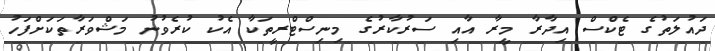
ދައުލަތުގެ ޓެކްސް އިދާރާ މީރާ އާއި ސަރުކާރުގެ މިނިސްޓްރީތަކާ އެކު ކުރެވުނު މަޝްވަރާތަކަށްފަހު